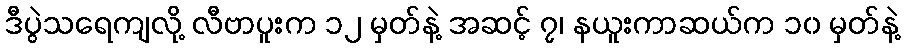
ဒီပွဲသရေကျလို့ လီဗာပူးက ၁၂ မှတ်နဲ့ အဆင့် ၇၊ နယူးကာဆယ်က ၁၀ မှတ်နဲ့